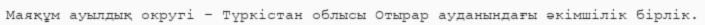
Маяқұм ауылдық округі – Түркістан облысы Отырар ауданындағы әкімшілік бірлік.